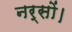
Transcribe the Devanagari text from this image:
नर्सों।